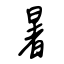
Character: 暑